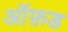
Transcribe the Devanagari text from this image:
आॅफ़ड